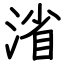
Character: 渻